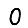
Digit: 0